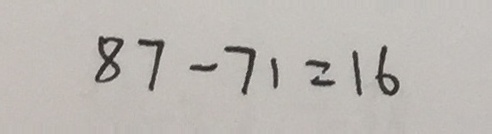
8 7 - 7 1 = 1 6